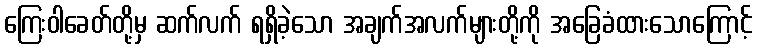
ကြေးဝါခေတ်တို့မှ ဆက်လက် ရရှိခဲ့သော အချက်အလက်များတို့ကို အခြေခံထားသောကြောင့်